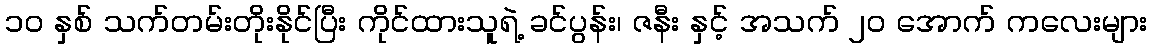
၁၀ နှစ် သက်တမ်းတိုးနိုင်ပြီး ကိုင်ထားသူရဲ့ ခင်ပွန်း၊ ဇနီး နှင့် အသက် ၂၀ အောက် ကလေးများ